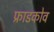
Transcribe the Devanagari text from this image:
फ्राडकोव